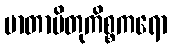
မာတာပိတုကိစ္စကရော